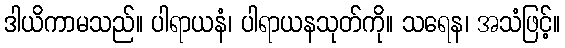
ဒါယိကာမသည်။ ပါရာယနံ၊ ပါရာယနသုတ်ကို။ သရေန၊ အသံဖြင့်။